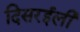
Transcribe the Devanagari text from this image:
दिसरईली